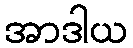
အာဒါယ